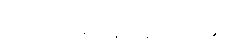
၂၀၀ပင်မပြည့်သေးချေ။